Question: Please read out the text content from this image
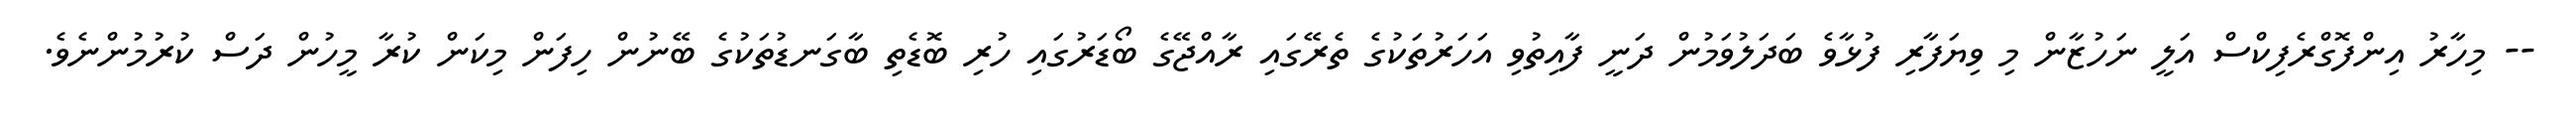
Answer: -- މިހާރު އިންފޮގްރެފިކްސް އަލީ ނަހުޒާން މި ވިޔަފާރި ފުޅާވެ ބަދަލުވަމުން ދަނީ ފާއިތުވި އަހަރުތަކުގެ ތެރޭގައި ރާއްޖޭގެ ބޯޑަރުގައި ހުރި ބޮޑެތި ބާގަނޑުތަކުގެ ބޭނުން ހިފަން މިކަން ކުރާ މީހުން ދަސް ކުރުމުންނެވެ.